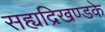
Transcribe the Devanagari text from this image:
सह्यद्रिखण्डके